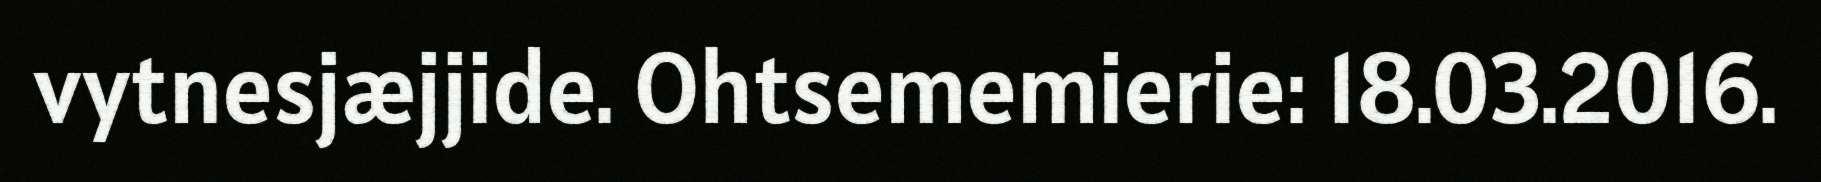
vytnesjæjjide. Ohtsememierie: 18.03.2016.